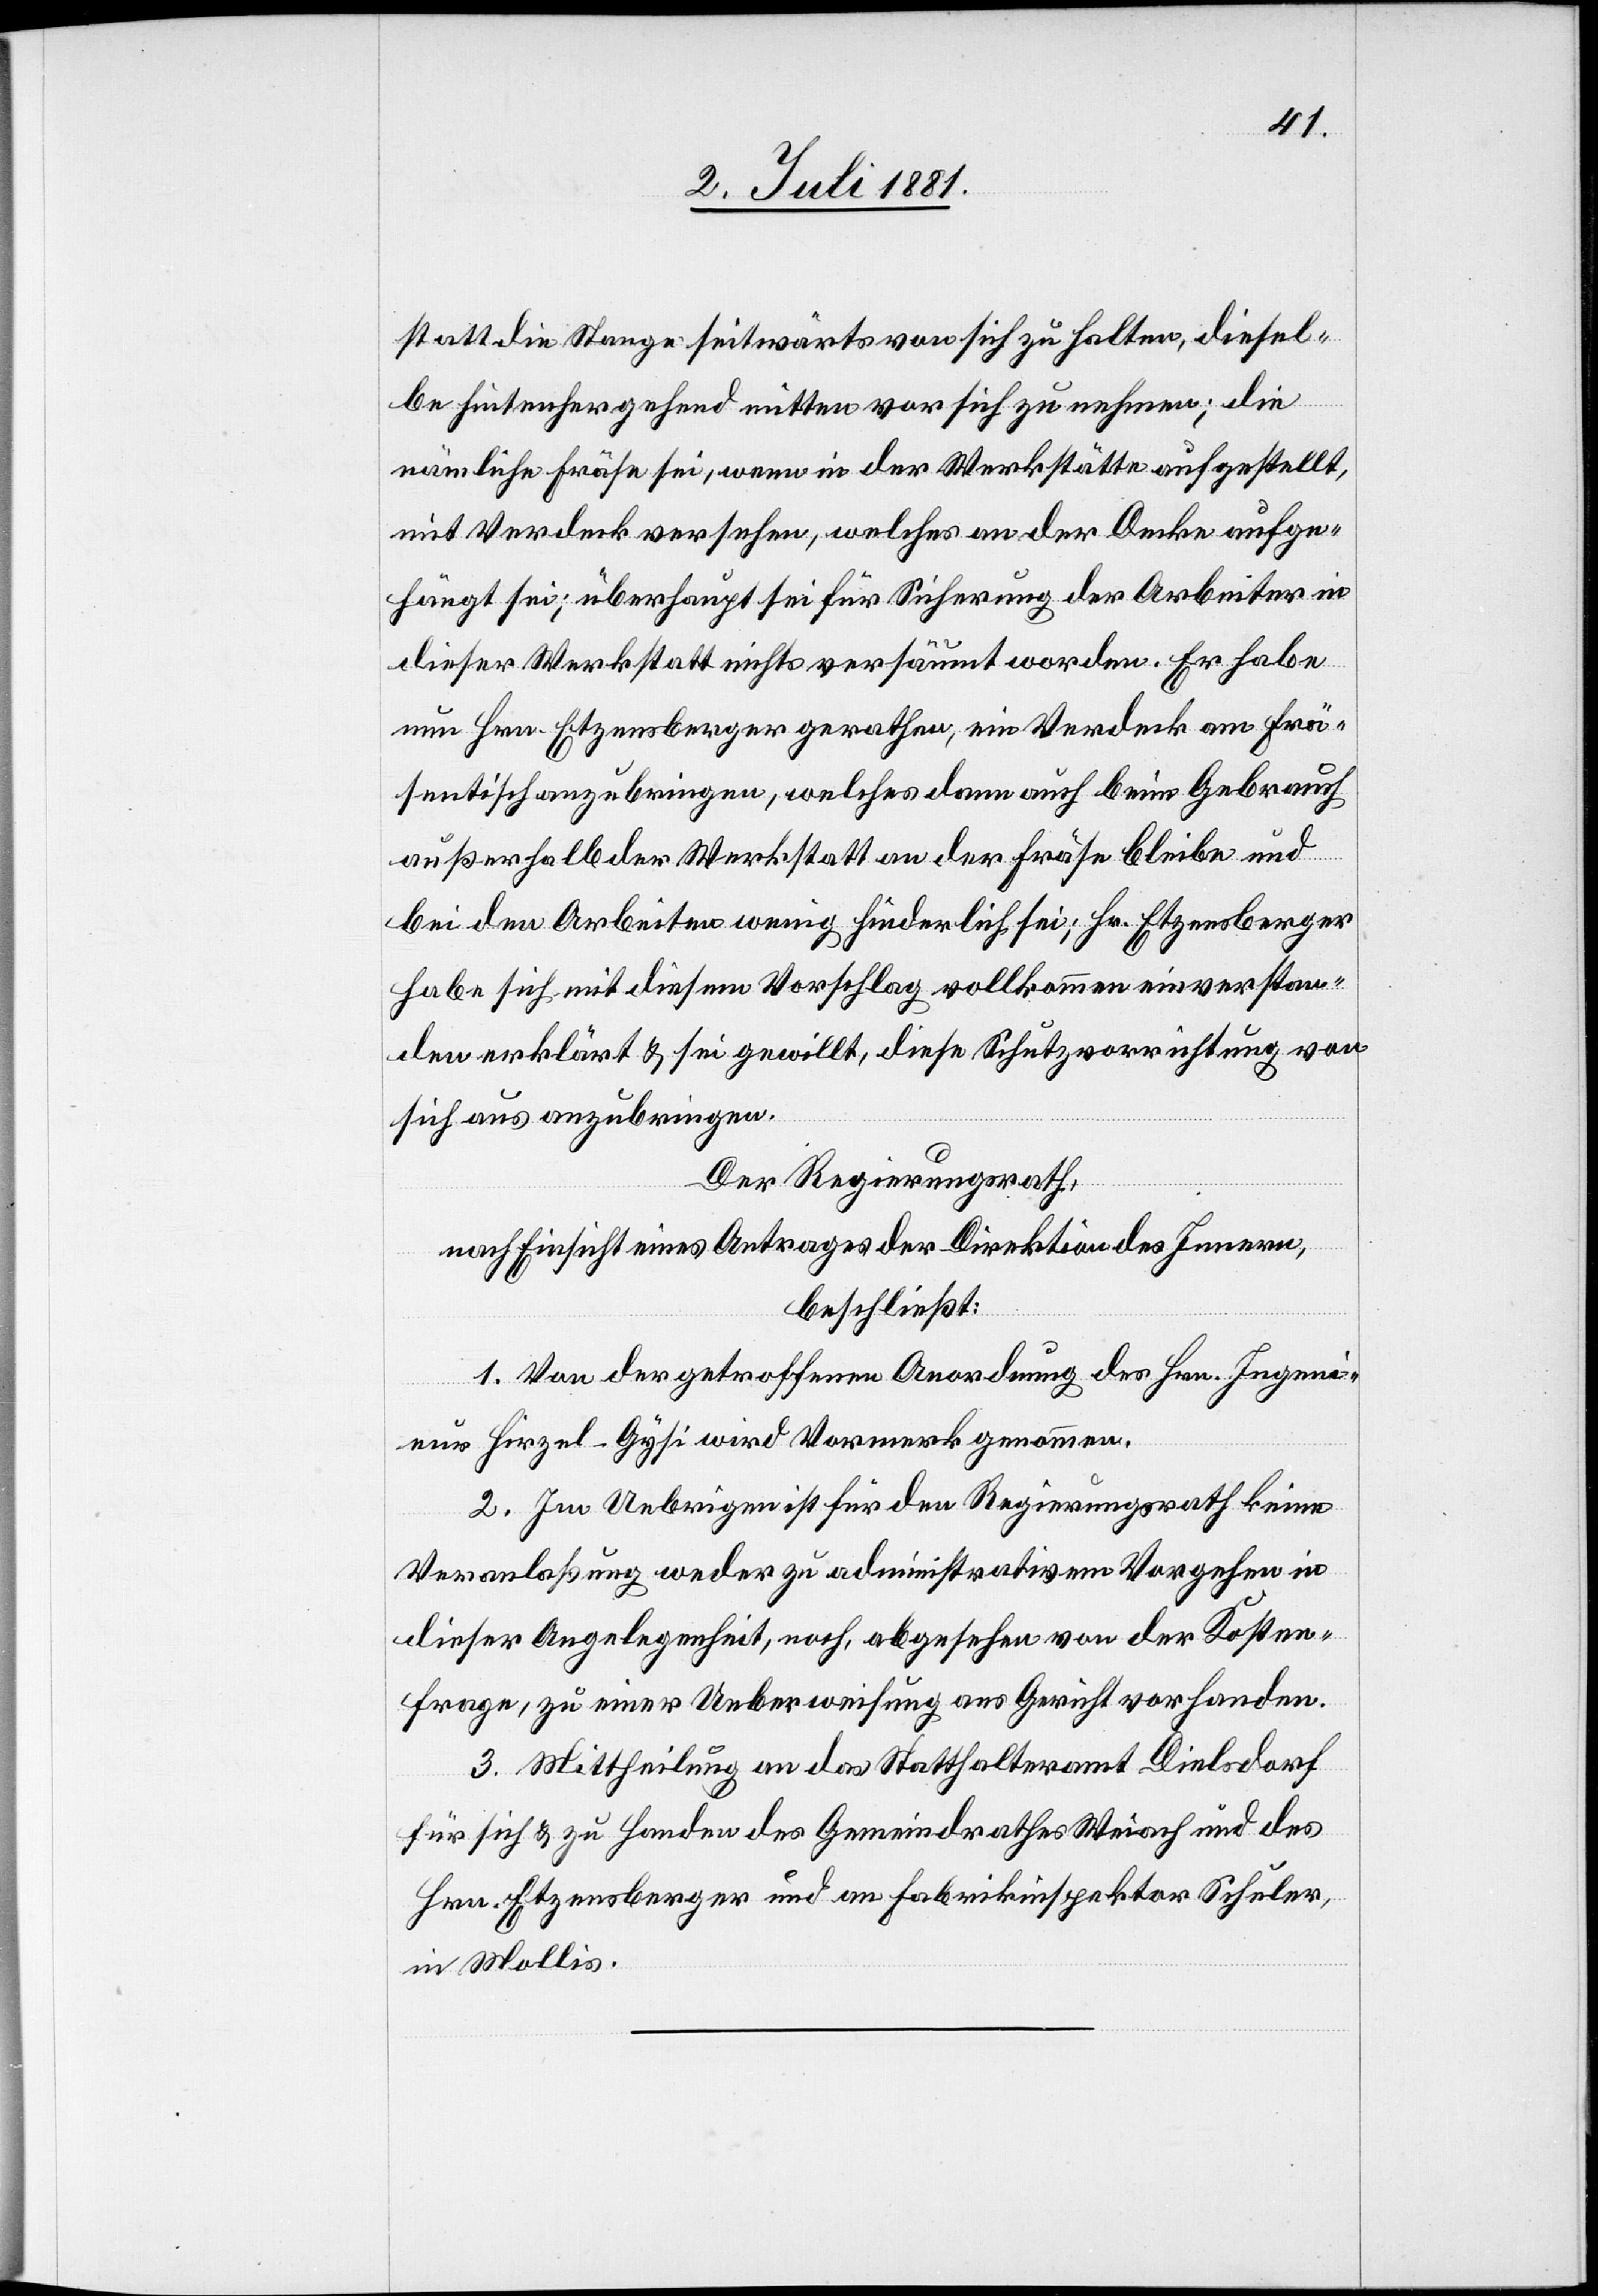
statt die Stange seitwärts von sich zu halten, diesel¬
be hintenhergehend mitten vor sich zu nehmen; die
nämliche Fräse sei, wenn in den Werkstätte aufgestellt,
mit Verdeck versehen, welches an der Decke aufge¬
hängt sei; überhaupt sei für Sicherung der Arbeiter in
dieser Werkstatt nichts versäumt worden. Er habe
nun Hrn. Etzensberger gerathen, ein Verdeck am Frä¬
sentisch anzubringen, welches dann auch beim Gebrauch
außerhalb der Werkstatt an der Fräse bleibe und
bei den Arbeiten wenig hinderlich sei; Hr. Etzensberger
habe sich mit diesem Vorschlag vollkommen einverstan¬
den erklärt & sei gewillt, diese Schutzvorrichtung von
sich aus anzubringen.
Der Regierungsrath,
nach Einsicht eines Antrages der Direktion des Innern,
beschließt:
1. Von der getroffenen Anordnung des Hrn. Ingeni¬
eur Hirzel-Gysi wird Vormerk genommen.
2. Im Uebrigen ist für den Regierungsrath keine
Veranlaßung weder zu administrativem Vorgehen in
dieser Angelegenheit, noch, abgesehen von der Kosten¬
frage, zu einer Ueberweisung ans Gericht vorhanden.
3. Mittheilung an das Statthalteramt Dielsdorf
für sich & zu Handen des Gemeindrathes Weiach und des
Hrn. Etzensberger und an Fabrikinspektor Schuler,
in Mollis.